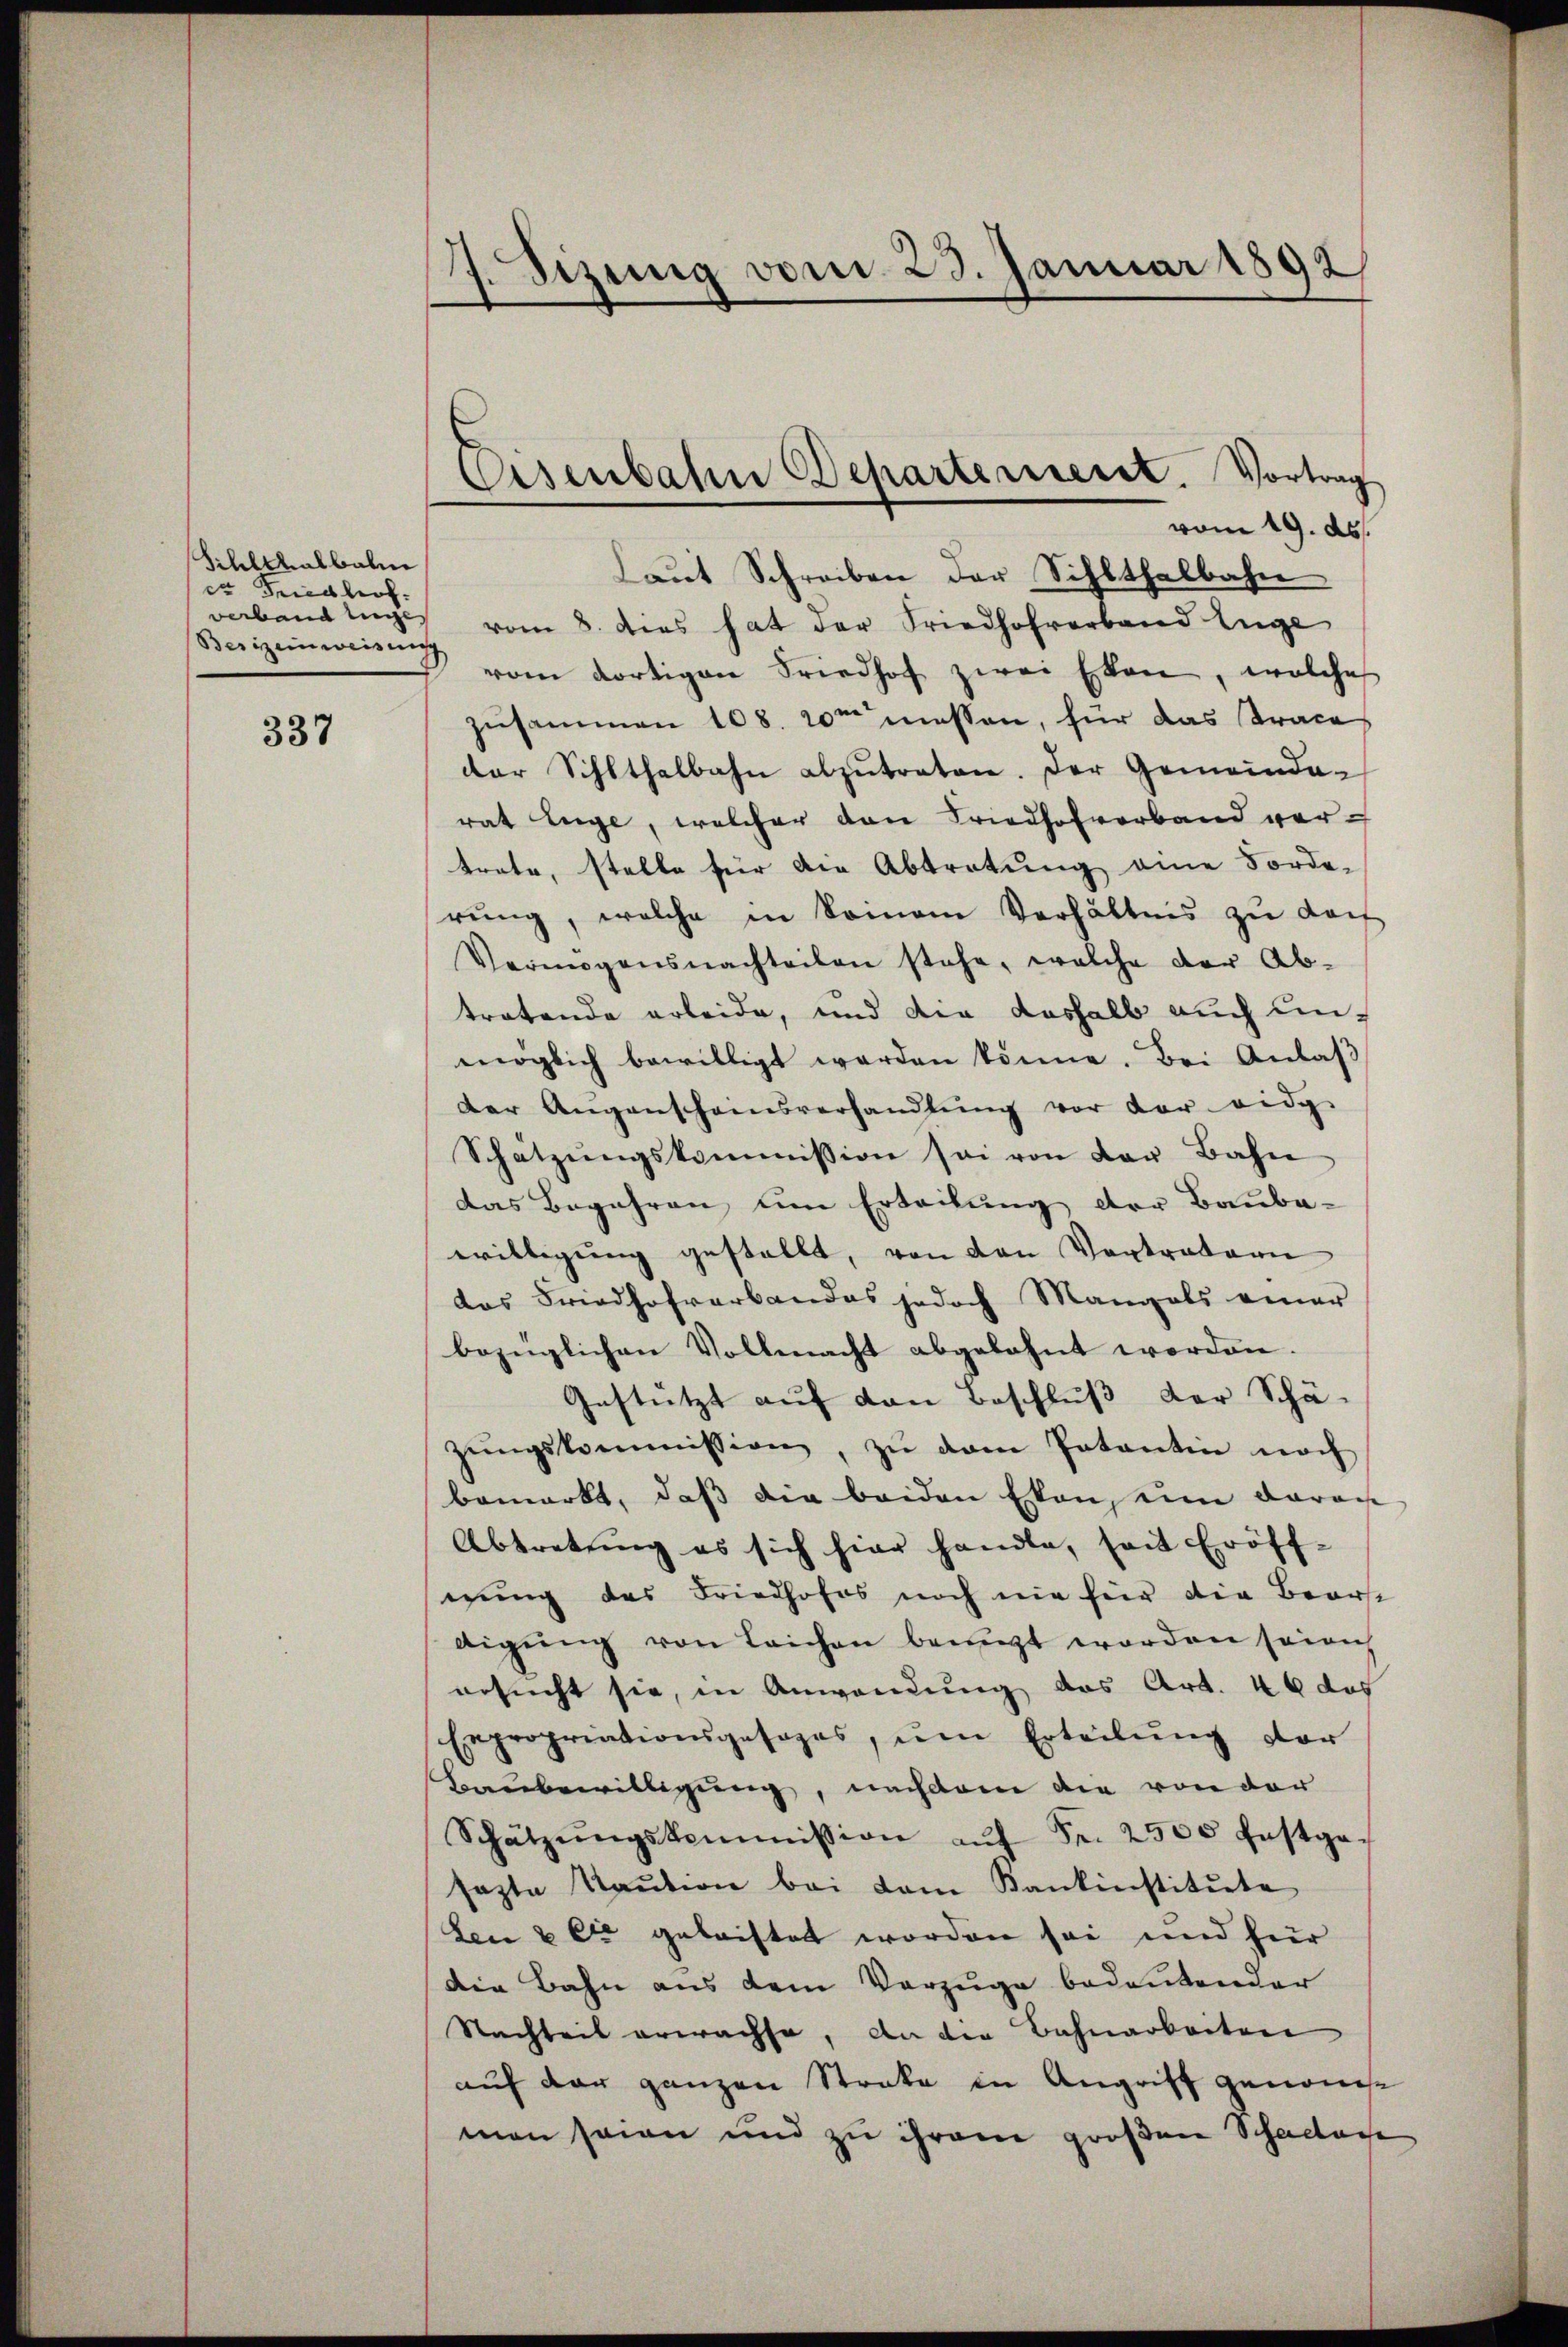
Sililthalbahn
er Friedhof.
Besizeinweisung

337

7.Sizung vom 23. Januar 1892

Laut Schreiben der Sihlthalbahn
vaband nicht vom 8. dies hat der Friedhoferband Enge
vom dortigen Friedhof zwei Eken, welches
zusammen 108. 20m messen, für das Trace
der Schlthalbahn abzŭtreten. Der Gemeinda-
rat Enge, welcher den Friedhofverband vertrete, stelle für die Abtretung eine Forde-
rŭng, welche in keinem Verhältnis zu darf
Vermögensnachteilen stehe, welche der Ab-
tratende erbeide, und die deshalb auch un-
möglich bewilligt werden könne. Bei Anlaβ
der Aŭgenscheinsverhandlŭng vor der eidg.
Schätzŭngskommission sei von der Bahn
das Begehren um Erteilung der Bauba-
willigŭng gestellt, von den Vortrateri
das Friedhofvarbandes jedoch Mangels einer
bezüglichen Vollmacht abgebahnt worden.
Gestützt auf den Beschluß der Schä-
zŭngskommission, zŭ dem Patantin noch
bemerkt, daß die beiden Ekens eine daran
Abtretŭng es sich hier handle, seit Eröff-
gung des Friedhofes noch nie für die Baarst
digŭng von Leichen benuzt worden sei nich
ersucht sie, in Anwendung das Art. 46 des
Expropriationsgesages, ŭm Erteilŭng vor
Baubewilligung, nachdem die von der
Schätzŭngskommission aŭf Fr. 2500 festge-
sazte Kaŭtion bei vom Kantinstitŭte
den & es geleistet worden sei und für
die Bahn aus dem Vorzüge bedeutender
Stachteit erwachse, an die Bahnarbeiten
auf der ganzen Streke in Angriff genomme
man seien und zu ihrem großen Schadlose

Eisenbahn Departerieret. Vortrag
vom 19. ds.